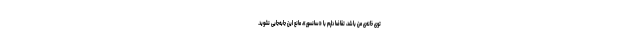
توی خانه‌ی من باشد، تقاضا دارم با «سانسور»، مانع این جابه‌جایی نشوید.‌